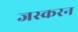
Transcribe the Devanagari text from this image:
जस्करन